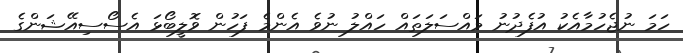
ހަމަ ނުޖެހުމާއެކު އުފެދުނު މައްސަލަތައް ހައްލު ނުވެ އެންމެ ފަހުން ވޮލީބޯޅަ އެސޯސިއޭޝަންގެ